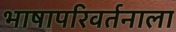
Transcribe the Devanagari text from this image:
भाषापरिवर्तनाला